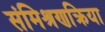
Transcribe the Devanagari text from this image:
संमिश्रणक्रिया